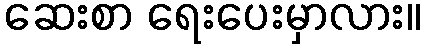
ဆေးစာ ရေးပေးမှာလား။